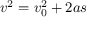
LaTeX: v ^ { 2 } = v _ { 0 } ^ { 2 } + 2 a s